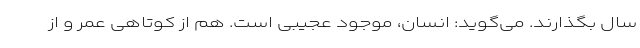
سال بگذارند. می‌گوید: انسان، موجود عجیبی است. هم از کوتاهی عمر و از